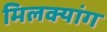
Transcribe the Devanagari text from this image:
मिलक्यांग